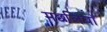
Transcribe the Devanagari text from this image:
मछलियाॅ